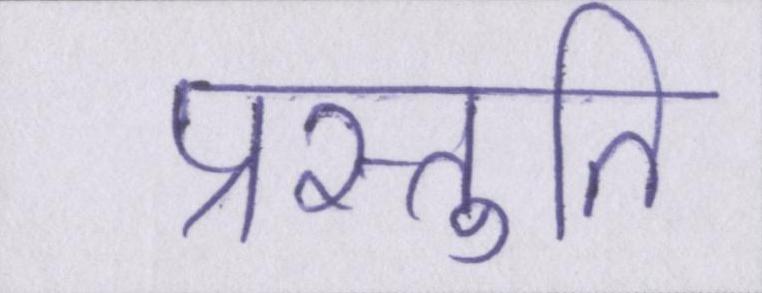
प्रस्तुति